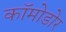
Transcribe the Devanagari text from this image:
कॉमोडोर